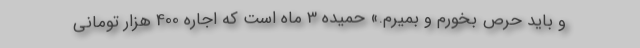
و بايد حرص بخورم و بميرم.» حميده 3 ماه است كه اجاره 400 هزار توماني